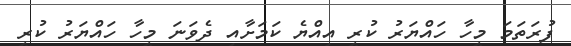
ފުރަތަމަ މީހާ ހައްޔަރު ކުރީ އިއްޔެ ކަމަށާއި ދެވަނަ މީހާ ހައްޔަރު ކުރީ